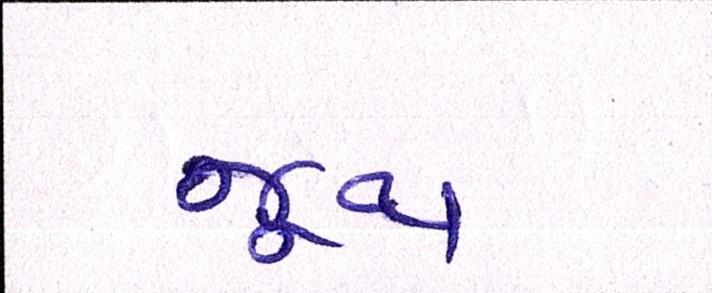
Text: જૂથ